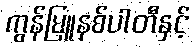
ကွန်မြူနစ်ပါတီနှင့်